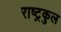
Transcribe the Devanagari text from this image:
राष्‍ट्रकुल